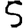
Digit: 5